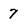
Character: 7